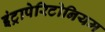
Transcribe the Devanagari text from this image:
इंट्रापेरिटोनियम